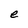
Character: e